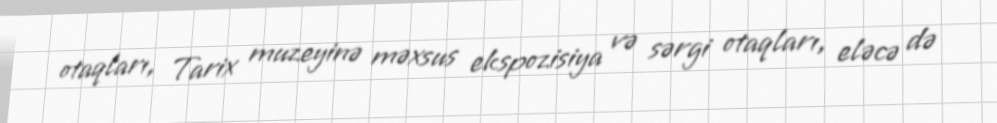
otaqları, Tarix muzeyinə məxsus ekspozisiya və sərgi otaqları, eləcə də